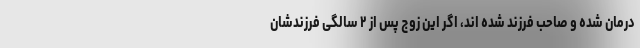
درمان شده و صاحب فرزند شده اند، اگر این زوج پس از ۲ سالگی فرزندشان